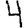
Digit: 4